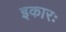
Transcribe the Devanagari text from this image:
इकारः